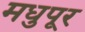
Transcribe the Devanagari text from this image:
मधुपूर